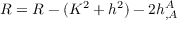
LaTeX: R = { \cal R } - ( K ^ { 2 } + h ^ { 2 } ) - 2 h _ { , A } ^ { A }